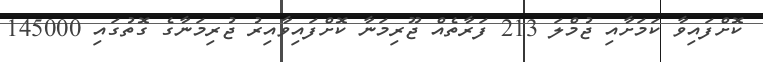
ކޮށްފައިވާ ކަމަށާއި ޖުމްލަ 213 ފަރާތެއް ޖޫރިމަނާ ކޮށްފައިވާއިރު ޖުރިމަނާގެ ގޮތުގައި 145000